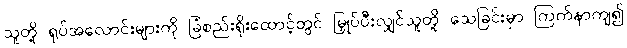
သူတို့ ရုပ်အလောင်းများကို ခြံစည်းရိုးထောင့်တွင် မြှုပ်ပီးလျှင်သူတို့ သေခြင်းမှာ ကြက်နာကျ၍